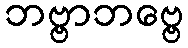
ဘဗ္ဗာဘဗ္ဗေ